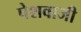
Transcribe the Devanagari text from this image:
पेशवाजी